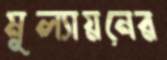
মূল্যায়নের